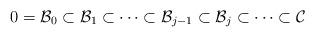
LaTeX: \begin{align*} 0=\mathcal{B}_0\subset \mathcal{B}_1\subset \cdots\subset \mathcal{B}_{j-1}\subset \mathcal{B}_j\subset\cdots\subset \mathcal{C}\end{align*}